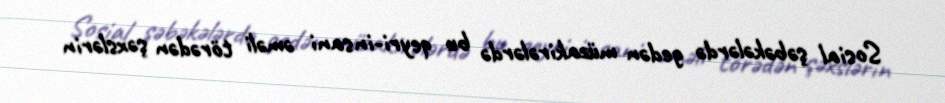
Sosial şəbəkələrdə gedən müzakirələrdə bu qeyri-insani əməli törədən şəxslərin